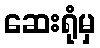
ဆေးရုံမှ